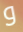
و